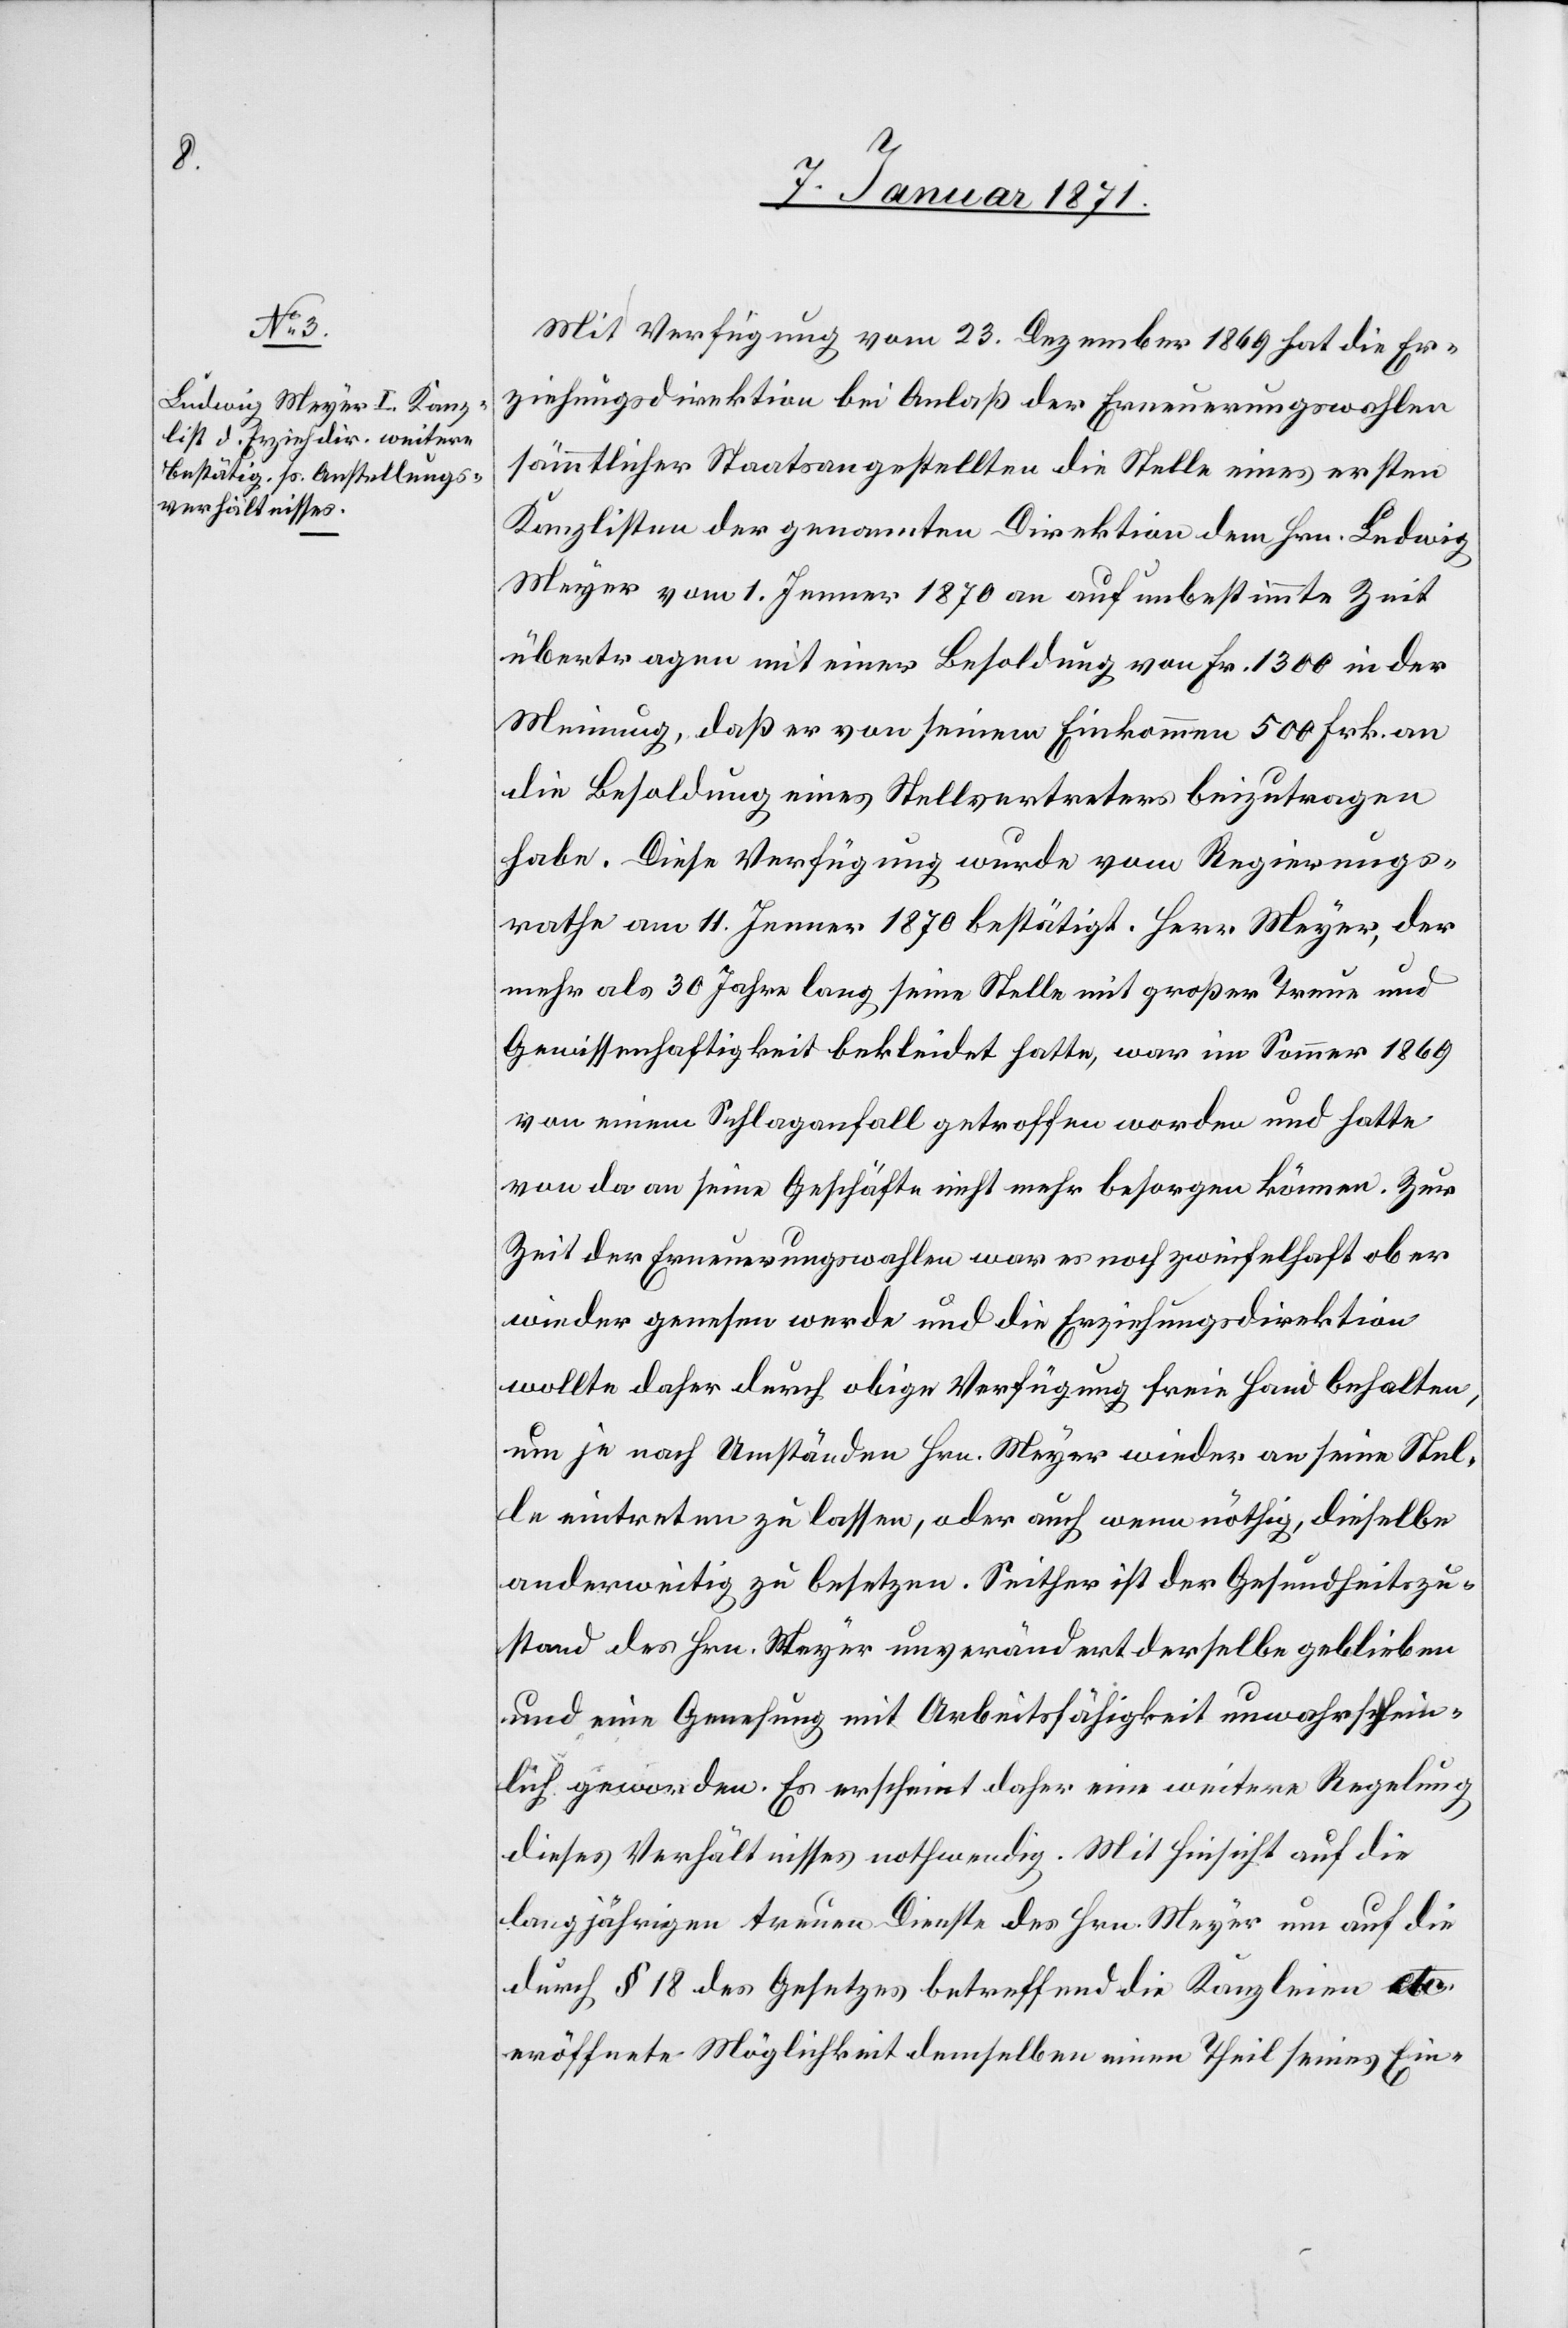
Mit Verfügung vom 23. Dezember 1869 hat die Er¬
ziehungsdirektion bei Anlaß der Erneuerungswahlen
sämmtlicher Staatsangestellten die Stelle eines ersten
Kanzlisten der genannten Direktion dem Hrn. Ludwig
Meyer vom 1. Jenner 1870 an auf unbestimmte Zeit
übertragen mit einer Besoldung von Fr. 1300 in der
Meinung, daß er von seinem Einkommen 500 Frk. an
die Besoldung eines Stellvertreters beizutragen
habe. Diese Verfügung wurde vom Regierungs¬
rathe am 11. Jenner 1870 bestätigt. Herr Meyer, der
mehr als 30 Jahre lang seine Stelle mit großer Treue und
Gewissenhaftigkeit bekleidet hatte, war im Sommer 1869
von einem Schlaganfall getroffen worden und hatte
von da an seine Geschäfte nicht mehr besorgen können. Zur
Zeit der Erneuerungswahlen war es noch zweifelhaft ob er
wieder genesen werde und die Erziehungsdirektion
wollte daher durch obige Verfügung freie Hand behalten,
um je nach Umständen Hrn. Meyer wieder an seine Stel¬
le eintreten zu lassen, oder auch wenn nöthig, dieselbe
anderweitig zu besetzen. Seither ist der Gesundheitszu¬
stand des Hrn. Meyer unverändert derselbe geblieben
und eine Genesung mit Arbeitsfähigkeit unwahrschein¬
lich geworden. Es erscheint daher eine weitere Regelung
dieses Verhältnisses nothwendig. Mit Hinsicht auf die
langjährigen treuen Dienste des Hrn. Meyer um auf die
durch § 18 des Gesetzes betreffend die Kanzleien etc.
eröffnete Möglichkeit demselben einen Theil seines Ein-